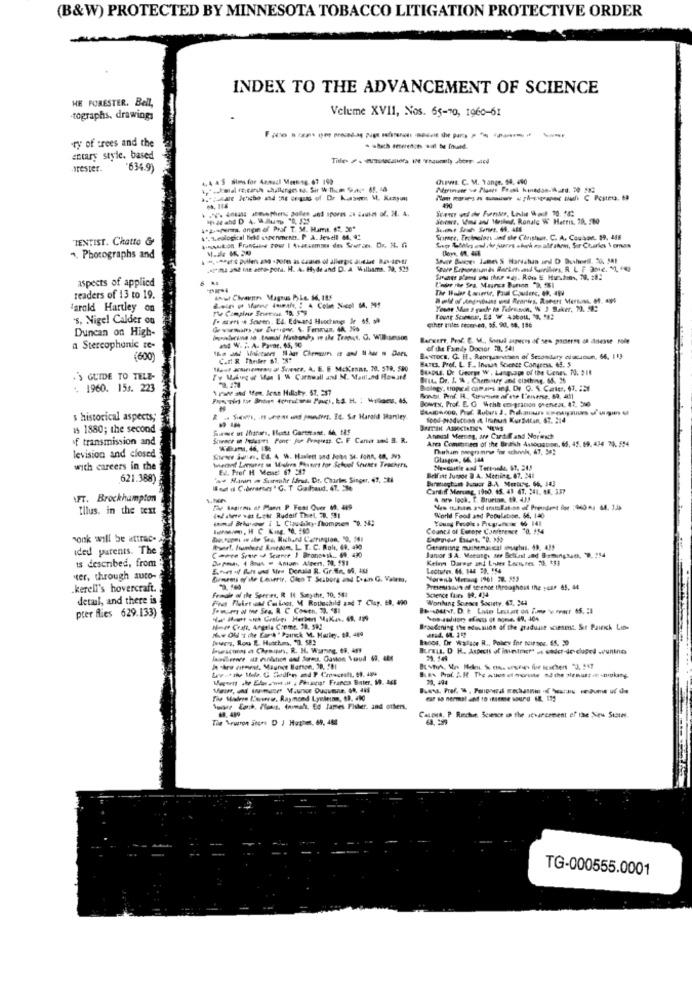
(B&W) PROTECTED BY MINNESOTA TOBACCO LITIGATION PROTECTIVE ORDER
INDEX TO THE ADVANCEMENT OF SCIENCE
HE FURESTER. Bell,
Volume XVII, Nos. 65-70, 1960-61
-tographs, drawings
F ==------------
ry of trees and the
entary style, based
.arester.
'634.9)
OLINE. C. M. Tange. 18. 490
4. pumpuma, angie of Prof T. M. Hams. SR. 50"
TENTIST. Chatto &
4 .. L.eological fick cupenments. P. A. Jeweil M, Q"
Science, Techmelart
Incion Jet de Canshut. C. A. Coulon. 19, 488
+, Photographs and
„Atme ad me sero-pora. H. A. Hyde and D. A. Williams. 29. 515
aspects of applied
The Water towerur, Paul Couderc, OP. 499
readers of 13 to 19.
LAut Chvann Magnus PLe. 16. 185
Harold Hartley on
Youne Man S gade to Talesavon, W J Saker, 7. 58:
's, Nigel Calder on
(. sirri * Sceen, LA. Edward Huochmes Ie 65. 34
Duncan on High-
ether miet cecered, 55. 90. 68, 186
Barkert, Pool: C. V ., Somsal aupeces of ses panterse ot dinesse role
a Stercophonic ze-
of the Family Doctor 10, 541
(600)
Cant R Theiler 61. 28"
BATES. Prof. L. F ., Incast Science Congress, 45. 5
BANTOCH, O. H. Renrsaartsen of Secondary ofucitun, 66, 113
- ana@ Sowwe. A. E. E McKenar. 20. 518, 580
GUIDE TO TELE-
Tw Making of War I M Cornwall and M. Mait.nd Howard
BEIL. Dr. J. A . Chemistry Jnd cisthing. 65. 26
. 1960. 15s. 223
\rade and ten. Jenn Hillsby. 57. 237
Biology, tropstal coffsis ang, Dr G. S. Carter, 47. 224
BowEx, Prof. E. G "ohh compracon onenvest. 47, 310
Sonst, Prof. H. Surimise af ese L'enverse. 89, 409]
s historical aspects;
k - Sw, - -- - Ja. I Se Harald Hanley.
food-productos i Inhun KurMtan, 67. 314
1 1880; the second
of transmission and
Anmal Merring, se Cardifand Norwsch
Area Communees of the Branch 4slogstion. 65, 45. 69. 434 73. 554
levision and closed
Deham swegnmr for schools, 67, 54
Kver Sww. Ed. 4 W. Haslett ond Jobs 34. fonn, In, 2)
Glasgow, 66, 144
with careers in the
Temat Leerates sa Molnes Posties for School Stunts Teachers
Ne-chitle and Tervande, 67. 24.5
621.388)
a. Hunin i Surehr Ifrus. Dr. Charles Singer, 47, 224
Barmagtum Bunuor B.A. MertErs, 66, 143
Brifatt Junpor & A. Mening. 87, 341
Il nd :s C.derennes " G. T Calhaud. 47. 286
Cardiff Morsmg, 1960. 15. 43 43. 244. 44. 337
AFT. Brockhampton
4 nrw lock. t. Bruetas, 49. 4J!
Illus. in the text
De tom of Mann P Fest Quer M. 449
(Name wo Letr Rudolf TheL. 70. 5 !!
Young People . Piugrafick 66 141
World Food and Population, 56, 140
Counts of Europe Conference "0. 154
nonk will be attrac-
Dieseopes ww ale Sre, Richard Carrington, TO, 561
ided parents. The
Cowon Seme &P Seieeee I Bronoush. W. 490
Genmung muchomascal onaghus. 49. 435
is described, from :
Janior 3 A. Meeungs see Belfast and BoomingMe. 9. 254
Keine Darauf and Lodes Lectures 70. $$3
"ter, through auto-
Gresrets of'ile Emirrir, Clen T Scibora and Dran G. Valet,
kerell's hovercraft.
Science fases 19. 434
Presenisaus of science throughout the :car 45. 44
detail, and there is
Fra Flirt und Color, M Rothschild and T Clay. ED. 490
Female of the Species. R. It Sosyche, 70, 581
Working Sorose Society. 47, 944
pter fies 629.133)
How OU 's che fort " Painck M. Harley. B. 489
Nowe Craft, Angela Creme. 20. 592
Broadening the edussion of the graduate sciesent. Sir Paink Line
Bados, Or Wallace R ., Policy for seirtor. 65. 30
Iwscuon at Chrouws. R. H. Warning. 08. 459
BUFELL, D. H. Aspects of inintrer' us sader-de clupel unine
Je thes cirmed. Maurice Hatton, 20. 501
Wesett she Elanemt at , Phaser Francs Bater, M. 16E
20. 494
Wware Earch. Plong, Animals, Ed James Fisher, and others.
Tile Meuron aner D J Hughes, 69, 484
Canona. P Rechen Science in the avancement of the New States
TG-000555.0001